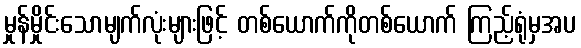
မှုန်မှိုင်းသောမျက်လုံးများဖြင့် တစ်ယောက်ကိုတစ်ယောက် ကြည့်ရုံမှအပ